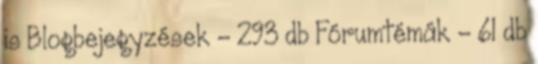
is Blogbejegyzések - 293 db Fórumtémák - 61 db